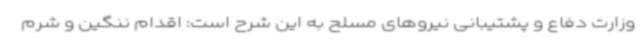
وزارت دفاع و پشتیبانی نیروهای مسلح به این شرح است: اقدام ننگین و شرم